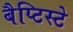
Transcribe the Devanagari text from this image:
बैप्टिस्टे